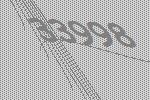
33998